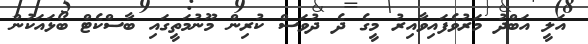
އަލީ އަބްދު މަރުވެފައިވާއިރު މީގެ ދެ ދުވަސް ކުރިން މޫނުމަތީގައި ބާސްކެޓް ބޯޅައަކުން